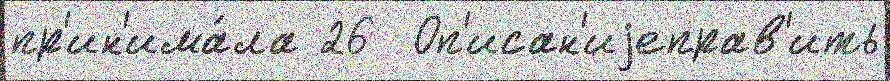
пр'ин'има́ла 26  Оп'исан'иjеправ'ить